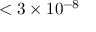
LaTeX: < 3 \times 1 0 ^ { - 8 }